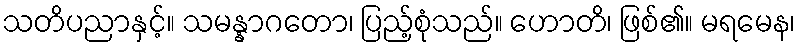
သတိပညာနှင့်။ သမန္နာဂတော၊ ပြည့်စုံသည်။ ဟောတိ၊ ဖြစ်၏။ မရမေန၊